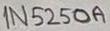
Text: 1N5250A